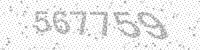
Solution: 567759